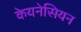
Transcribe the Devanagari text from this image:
केयनेसियन